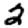
Digit: 2